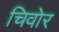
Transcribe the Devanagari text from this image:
चिवोर